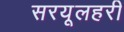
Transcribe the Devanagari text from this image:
सरयूलहरी